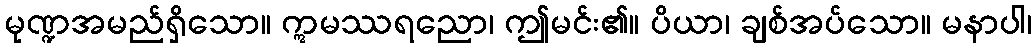
မုဏ္ဍအမည်ရှိသော။ ဣမဿရညော၊ ဤမင်း၏။ ပိယာ၊ ချစ်အပ်သော။ မနာပါ၊